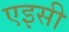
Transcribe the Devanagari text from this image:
एइसी